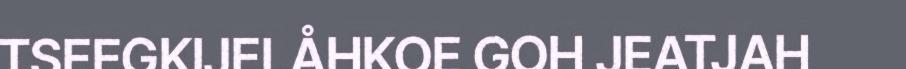
TSEEGKIJELÅHKOE GOH JEATJAH